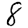
Digit: 8